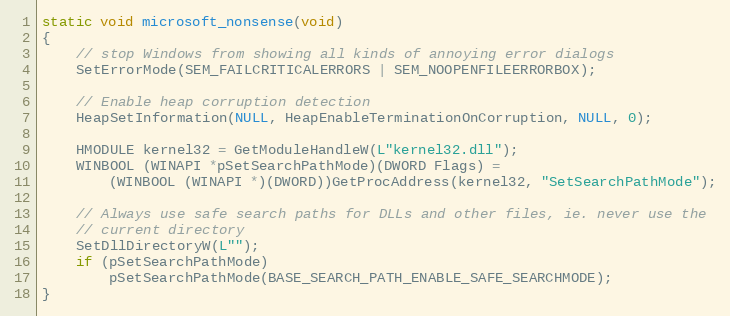
Language: C
static void microsoft_nonsense(void)
{
    // stop Windows from showing all kinds of annoying error dialogs
    SetErrorMode(SEM_FAILCRITICALERRORS | SEM_NOOPENFILEERRORBOX);

    // Enable heap corruption detection
    HeapSetInformation(NULL, HeapEnableTerminationOnCorruption, NULL, 0);

    HMODULE kernel32 = GetModuleHandleW(L"kernel32.dll");
    WINBOOL (WINAPI *pSetSearchPathMode)(DWORD Flags) =
        (WINBOOL (WINAPI *)(DWORD))GetProcAddress(kernel32, "SetSearchPathMode");

    // Always use safe search paths for DLLs and other files, ie. never use the
    // current directory
    SetDllDirectoryW(L"");
    if (pSetSearchPathMode)
        pSetSearchPathMode(BASE_SEARCH_PATH_ENABLE_SAFE_SEARCHMODE);
}